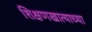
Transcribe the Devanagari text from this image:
शिक्षणखात्याच्या